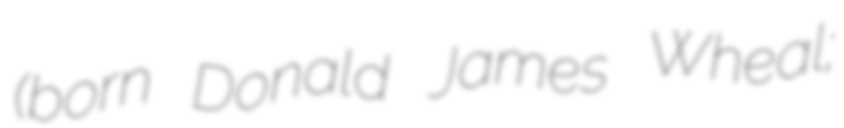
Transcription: (born Donald James Wheal;